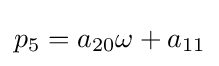
p_{5}=a_{20}\omega +a_{11}